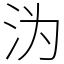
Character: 沩